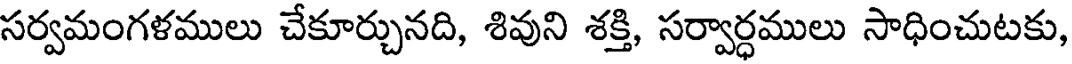
సర్వమంగళములు చేకూర్చునది, శివుని శక్తి, సర్వార్ధములు సాధించుటకు,